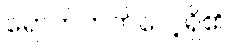
ရောက်တတ်လေ့ရှိ၏။